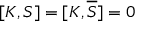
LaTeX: [ K , S ] = [ K , { \overline { { S } } } ] = 0